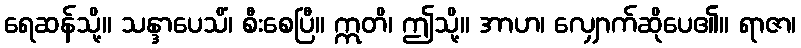
ရေဆန်သို့။ သန္ဒာပေသိံ၊ စီးစေပြီ။ ဣတိ၊ ဤသို့။ အာဟ၊ လျှောက်ဆိုပေ၏။ ရာဇာ၊